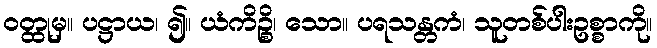
ဝတ္ထုမှ။ ပဋ္ဌာယ၊ ၍။ ယံကိဉ္စိ၊ သော။ ပရသန္တကံ၊ သူတစ်ပါးဥစ္စာကို။